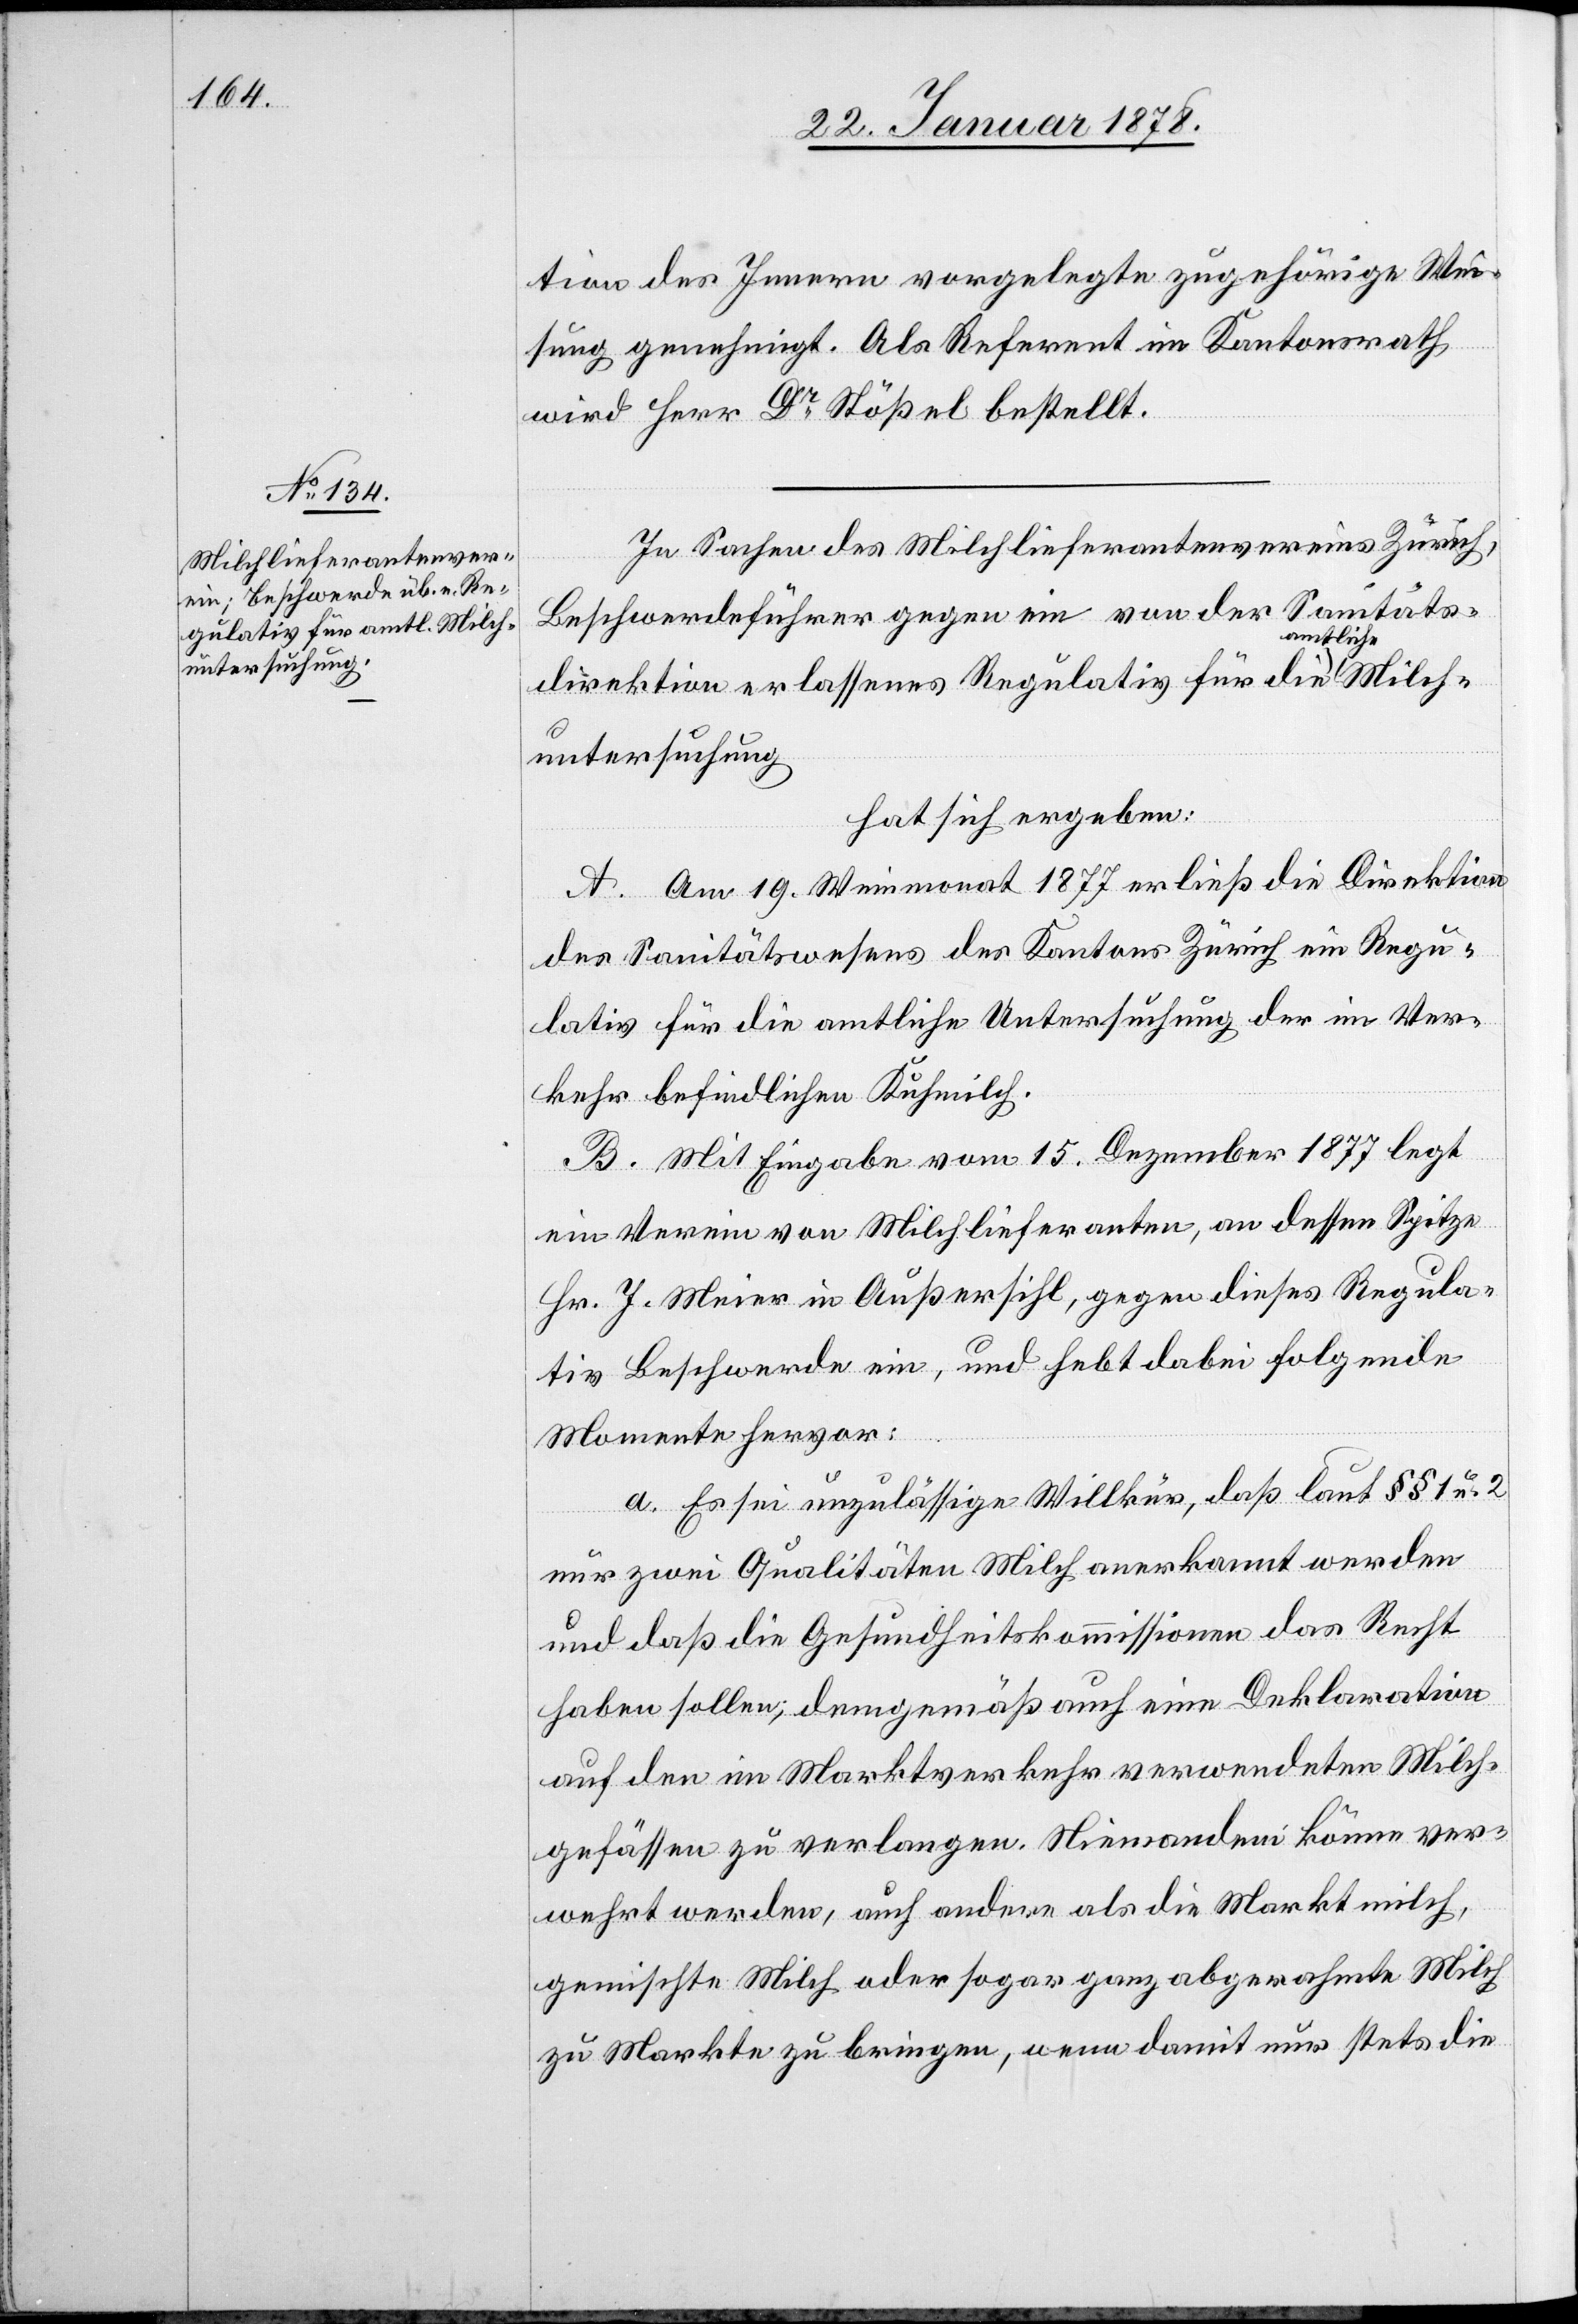
tion des Innern vorgelegte zugehörige Wei¬
sung genehmigt. Als Referent im Kantonsrath
wird Herr Dr. Stößel bestellt.
In Sachen des Milchlieferantenvereins Zürich,
Beschwerdeführer gegen ein von der Sanitäts¬
direktion erlassenes Regulativ für die a-amtlich¬
untersuchung
hat sich ergeben:
A. Am 19. Weinmonat 1877 erließ die Direktion
des Sanitätswesens des Kantons Zürich ein Regu¬
lativ für die amtliche Untersuchung der im Ver¬
kehr befindlichen Kuhmilch.
B. Mit Eingabe vom 15. Dezember 1877 legt
ein Verein von Milchlieferanten, an dessen Spitze
Hr. J. Meier in Außersihl, gegen dieses Regula¬
tiv Beschwerde ein, und hebt dabei folgende
ch¬
Momente hervor:
a. Es sei unzulässige Willkür, daß laut §§ 1 u. 2
nur zwei Qualitäten Milch anerkannt werden
und daß die Gesundheitskommission das Recht
haben solle; demgemäß auch eine Deklaration
auf den im Marktverkehr verwendeten Milch¬
gefässen zu verlangen. Niemandem könne ver¬
wehrt werden, auch andere als die Marktmilch,
gemischte Milch oder sogar ganz abgerahmte z¬
u Markte zu bringen, wen damit nur stets die